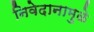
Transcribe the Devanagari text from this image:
निवेदानामुळे